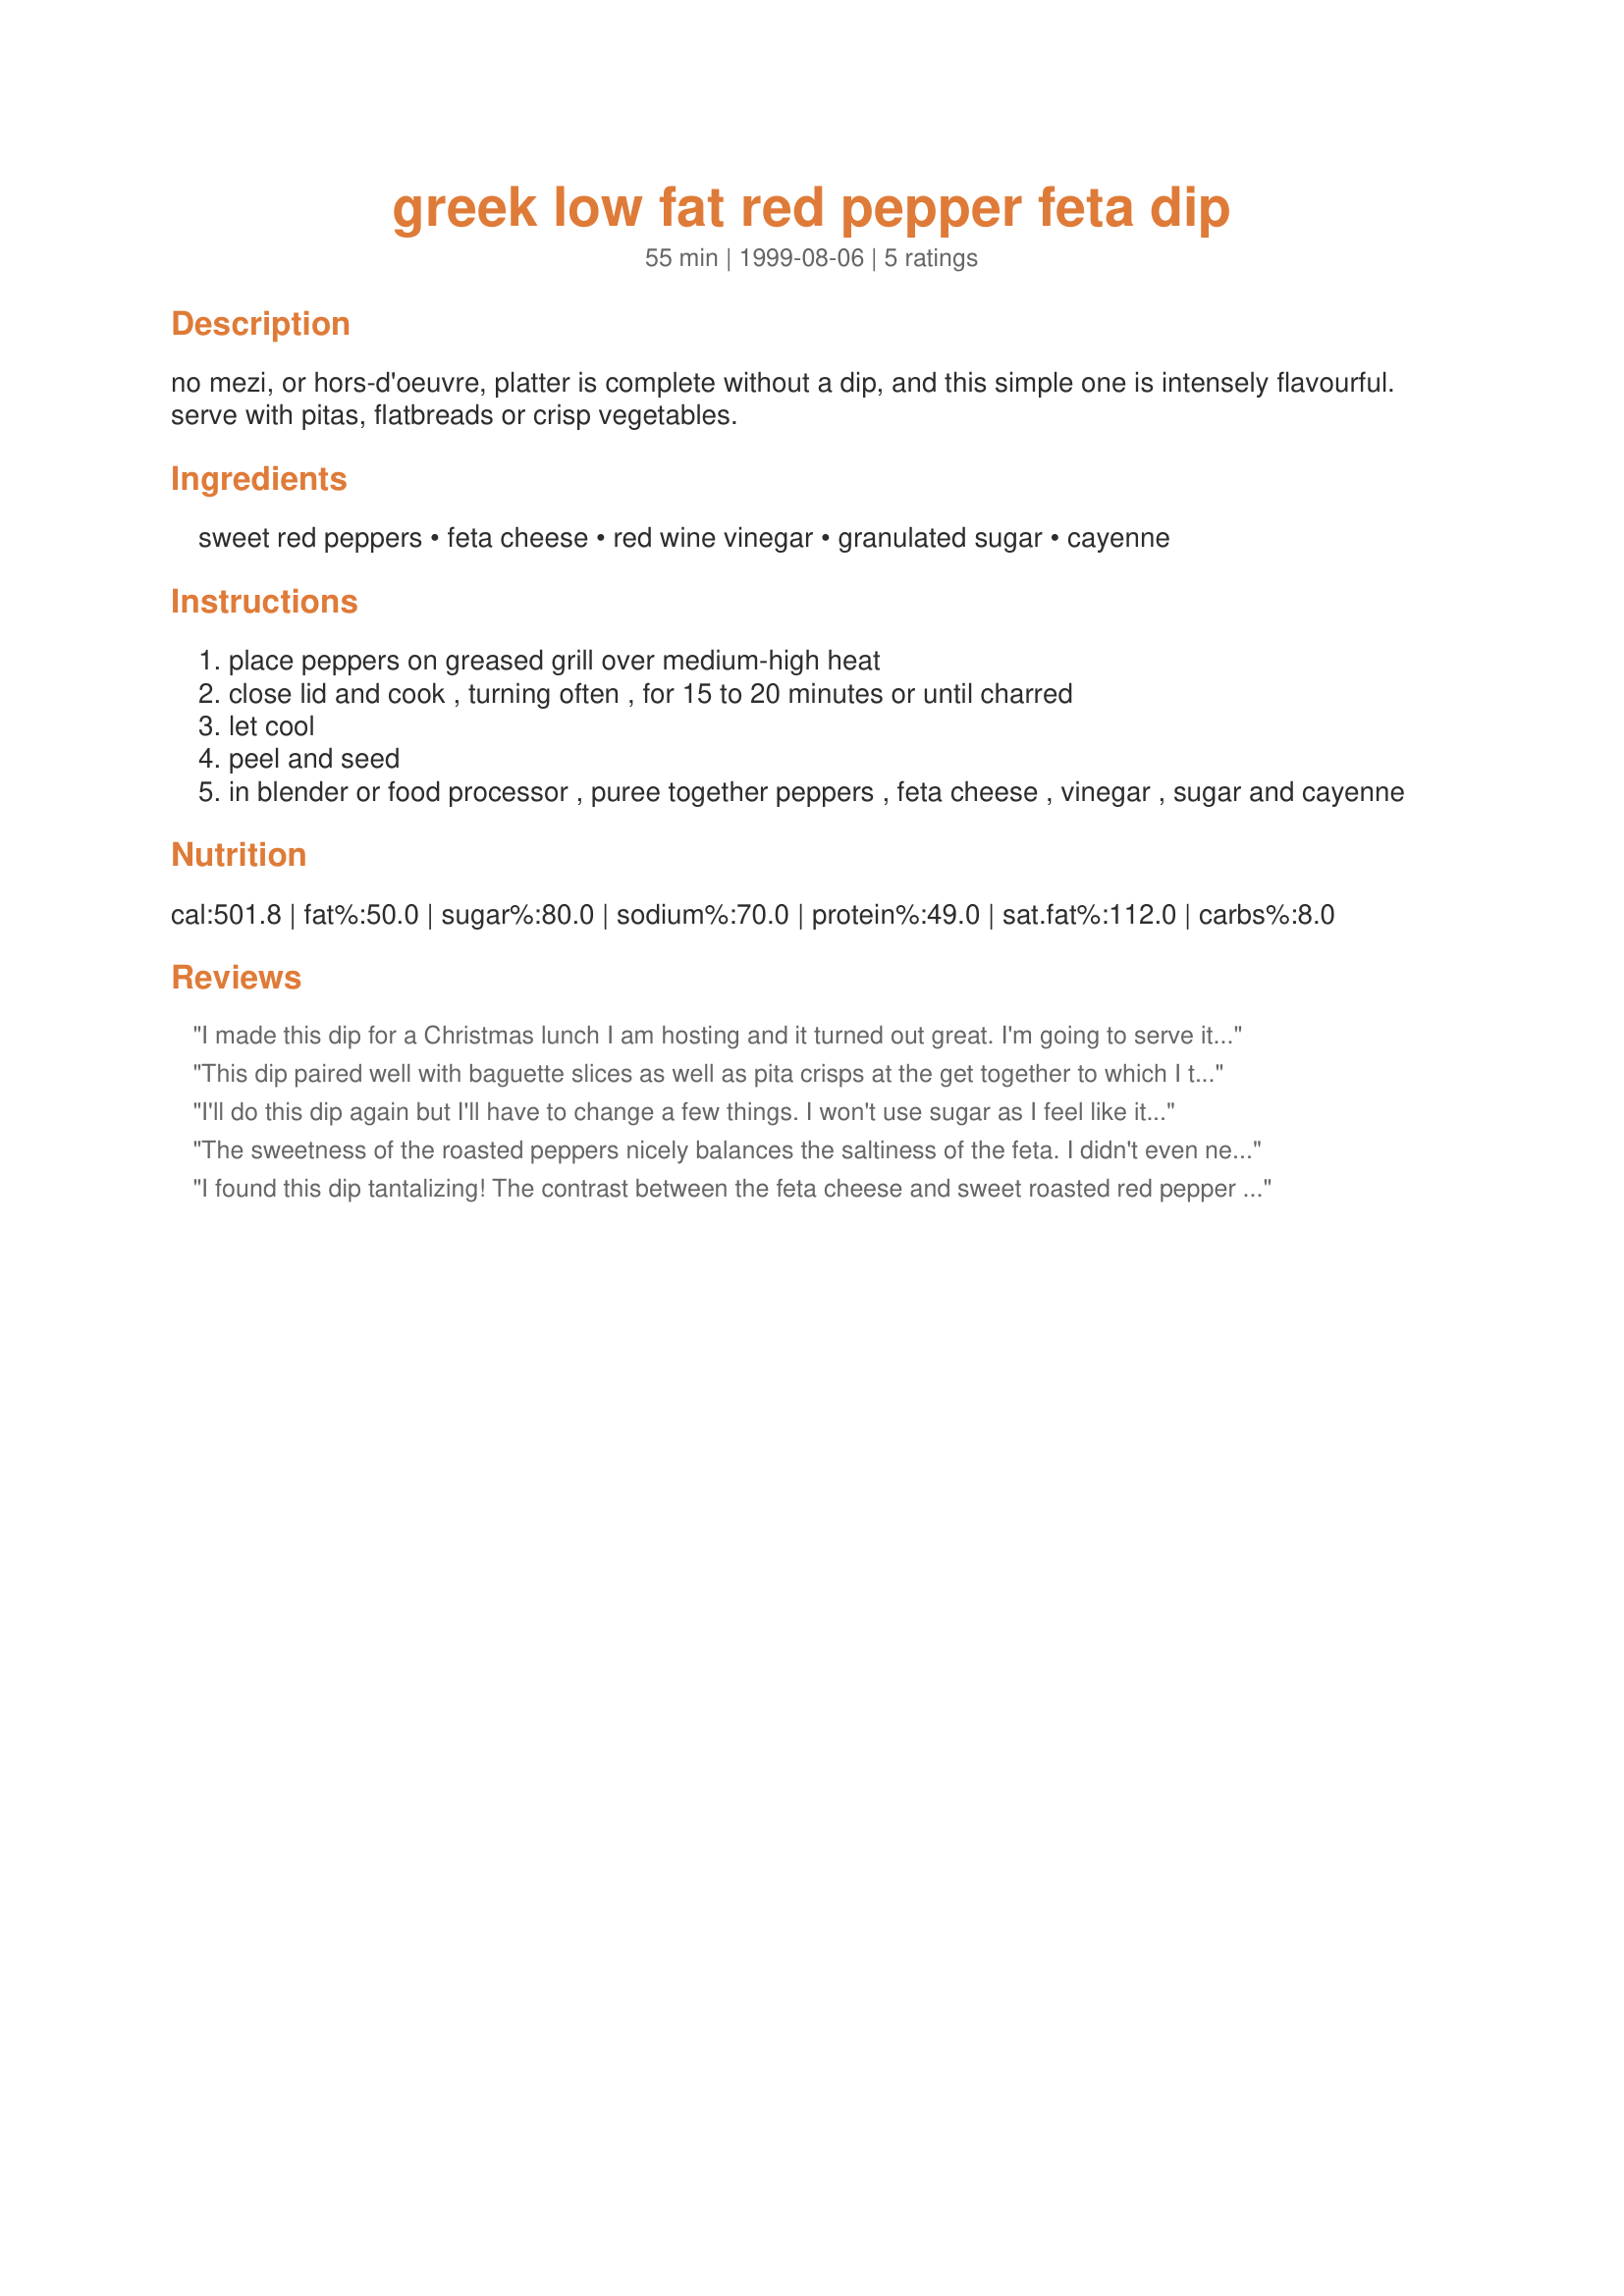
greek low fat red pepper feta dip
Preparation time: 55 minutes

no mezi, or hors-d'oeuvre, platter is complete without a dip, and this simple one is intensely flavourful. serve with pitas, flatbreads or crisp vegetables.

Ingredients:
sweet red peppers, feta cheese, red wine vinegar, granulated sugar, cayenne

Steps:
place peppers on greased grill over medium-high heat
close lid and cook , turning often , for 15 to 20 minutes or until charred
let cool
peel and seed
in blender or food processor , puree together peppers , feta cheese , vinegar , sugar and cayenne

Reviews:
I made this dip for a Christmas lunch I am hosting and it turned out great. I'm going to serve it with whole wheat crackers and blanched broccoli Put the pepper in the blender before the feta so as not to clog the blade(probably common knowledge). The pepper adds such a nice sweetness it might not even require the pinch of sugar - taste it first. I might use one more pepper next time because it was really "feta-y". Thanks for posting!
This dip paired well with baguette slices as well as pita crisps at the get together to which I took it. The red pepper is refreshing and I didn't use any sugar. The cayenne adds the hint of something unexpected. Not bad!
I'll do this dip again but I'll have to change a few things. I won't use sugar as I feel like it's too sweet. I added more cayenne pepper and also red pepper flakes cause it was not enough spicy. I served it with toasted pita. Thanks Dancer :) Made for Healthy tag game
The sweetness of the roasted peppers nicely balances the saltiness of the feta. I didn't even need to add the sugar.
I found this dip tantalizing! The contrast between the feta cheese and sweet roasted red pepper is so simple, yet complex. I tasted it with and without the sugar, and I recommend the sugar. Thanks for posting, I could eat this with everything.
